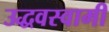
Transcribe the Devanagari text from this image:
उद्धवस्वामी